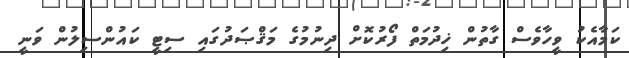
ކަމާއެކު ވީހާވެސް ގާތުން ޚިދުމަތް ފޯރުކޮށް ދިނުމުގެ މަޤްޞަދުގައި ސިޓީ ކައުންސިލުން ވަނީ